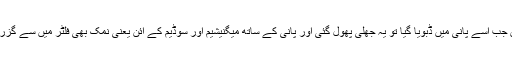
لیکن جب اسے پانی میں ڈبویا گیا تو یہ جھلی پھول گئی اور پانی کے ساتھ میگنیشیم اور سوڈیم کے آئن یعنی نمک بھی فلٹر میں سے گزر گیا۔